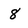
Character: 8